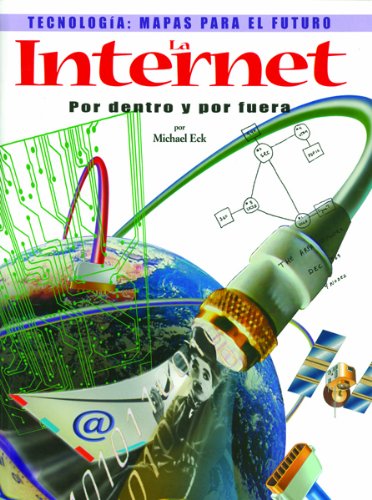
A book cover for The Internet: Por Dentro y Por Feura / The Internet (Tecnologia: Mapas Para El Futuro) (Spanish Edition); Michael Eck; Children's Books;